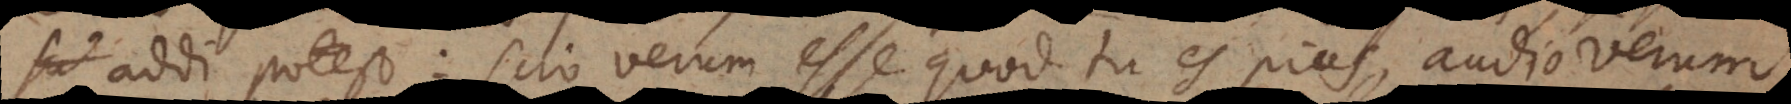
addi potest: scio verum esse quod tu es pius, audio verum